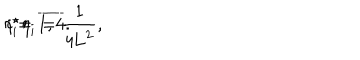
LaTeX: { \eta } _ { i } ^ { \star } { \eta } _ { i } = \frac { 1 } { 4 \mathrm { L } ^ { 2 } } , \hspace { 5 m m } i = \overline { { { 1 , 4 } } } .